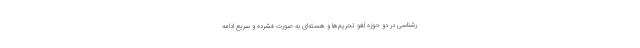
رشناسی در دو حوزه لغو تحریم‌ها و هسته‌ای به صورت فشرده و سریع ادامه